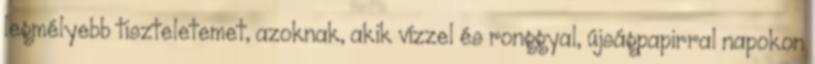
legmélyebb tiszteletemet, azoknak, akik vízzel és ronggyal, újságpapirral napokon